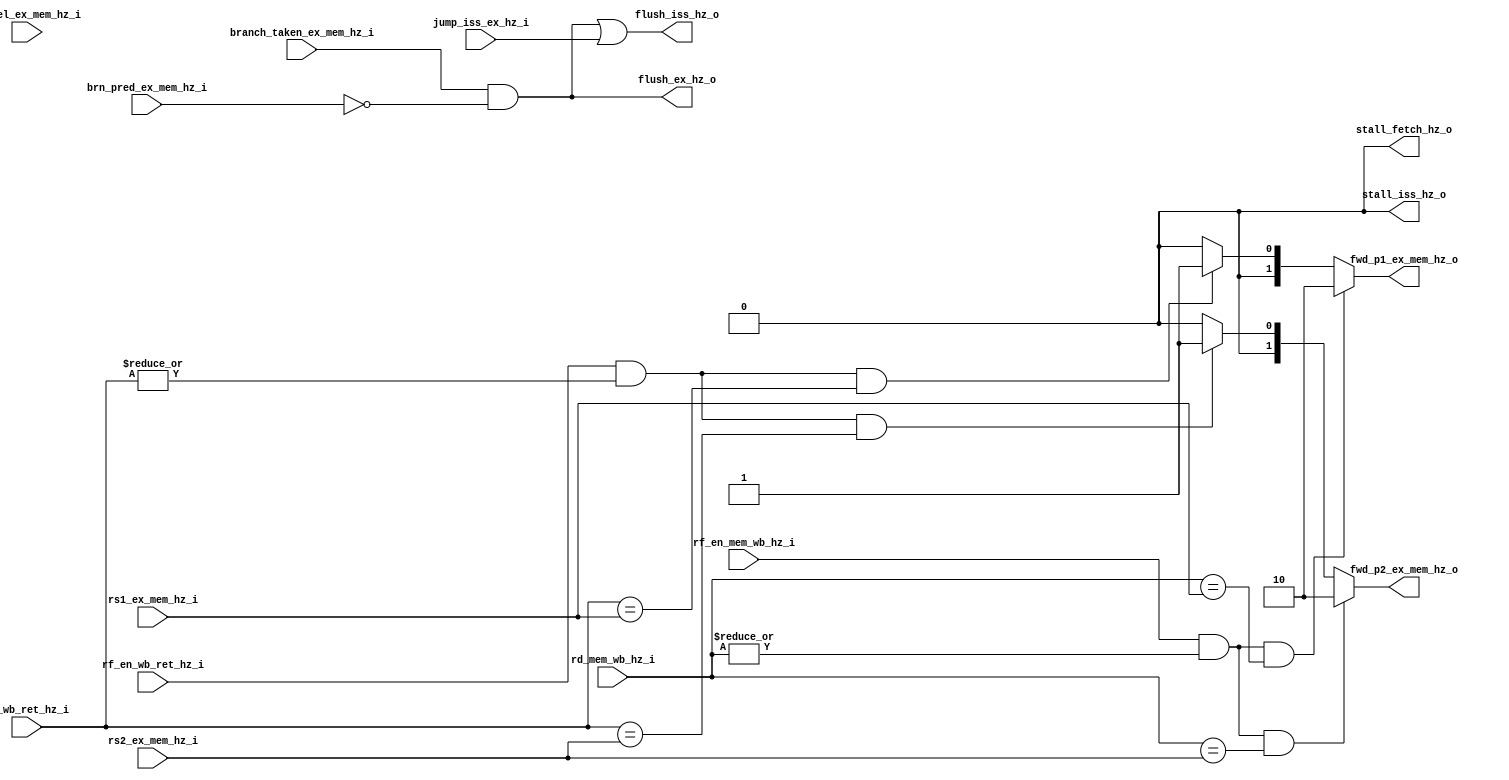
module hazard_unit
    (
        input   wire[4:0]   rs1_ex_mem_hz_i,
        input   wire[4:0]   rs2_ex_mem_hz_i,
        input   wire[4:0]   rd_mem_wb_hz_i,
        input   wire[4:0]   rd_wb_ret_hz_i,
        input   wire[1:0]   op2sel_ex_mem_hz_i,
        input   wire        rf_en_mem_wb_hz_i,
        input   wire        rf_en_wb_ret_hz_i,
        input   wire        branch_taken_ex_mem_hz_i,
        input   wire        jump_iss_ex_hz_i,
        input   wire        brn_pred_ex_mem_hz_i,
        output  wire        stall_fetch_hz_o,
        output  wire        stall_iss_hz_o,
        output  wire        flush_ex_hz_o,
        output  wire        flush_iss_hz_o,
        output  wire[1:0]   fwd_p1_ex_mem_hz_o,
        output  wire[1:0]   fwd_p2_ex_mem_hz_o
    );

    wire        stall_fetch_hz;
    wire        stall_iss_hz;
    wire        flush_ex_hz;
    wire        flush_iss_hz;
    wire[1:0]   fwd_p1_ex_mem_hz;
    wire[1:0]   fwd_p2_ex_mem_hz;

    assign  stall_fetch_hz_o    = stall_fetch_hz;
    assign  stall_iss_hz_o      = stall_iss_hz;
    assign  flush_ex_hz_o       = flush_ex_hz;
    assign  flush_iss_hz_o      = flush_iss_hz;
    assign  fwd_p1_ex_mem_hz_o  = fwd_p1_ex_mem_hz; 
    assign  fwd_p2_ex_mem_hz_o  = fwd_p2_ex_mem_hz; 
 
    // Forward the data only when we are writing to a non-zero register
    // in the WB/MEM stage and the same register is being read at the
    // EX stage
    assign  fwd_p1_ex_mem_hz = (rf_en_mem_wb_hz_i & |rd_mem_wb_hz_i &
                               (rd_mem_wb_hz_i == rs1_ex_mem_hz_i)) ? 2'b10 
                               : (rf_en_wb_ret_hz_i &  |rd_wb_ret_hz_i &                       
                                 (rd_wb_ret_hz_i == rs1_ex_mem_hz_i)) ? 2'b01 
                                 : 2'b00;
    assign  fwd_p2_ex_mem_hz = (rf_en_mem_wb_hz_i & |rd_mem_wb_hz_i &
                               (rd_mem_wb_hz_i == rs2_ex_mem_hz_i)) ? 2'b10 
                               : (rf_en_wb_ret_hz_i & |rd_wb_ret_hz_i &
                                 (rd_wb_ret_hz_i == rs2_ex_mem_hz_i)) ? 2'b01 
                                 : 2'b00;
    // All forwarding paths have been implemented
    // There is no need to stall either Fetch or
    // the Issue stage of the pipelines
    assign stall_fetch_hz = 1'b0;
    assign stall_iss_hz = 1'b0;
    // Branches would be resolved in the EXECUTE stage
    // the following signals should be based on those values
    // This is required to flush the value in the EX Pipe register
    // to a NO-OP. 
    assign flush_ex_hz = branch_taken_ex_mem_hz_i & ~brn_pred_ex_mem_hz_i;
    // Jumps would be resolved in the ISSUE (DECODE) stage
    // the following signals should be based on those values
    assign flush_iss_hz = (branch_taken_ex_mem_hz_i & ~brn_pred_ex_mem_hz_i) | jump_iss_ex_hz_i;

endmodule